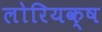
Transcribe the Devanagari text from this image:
लोरियक्ष